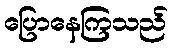
ပြောနေကြသည်